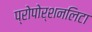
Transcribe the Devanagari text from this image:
प्रोपोर्शनलिटा